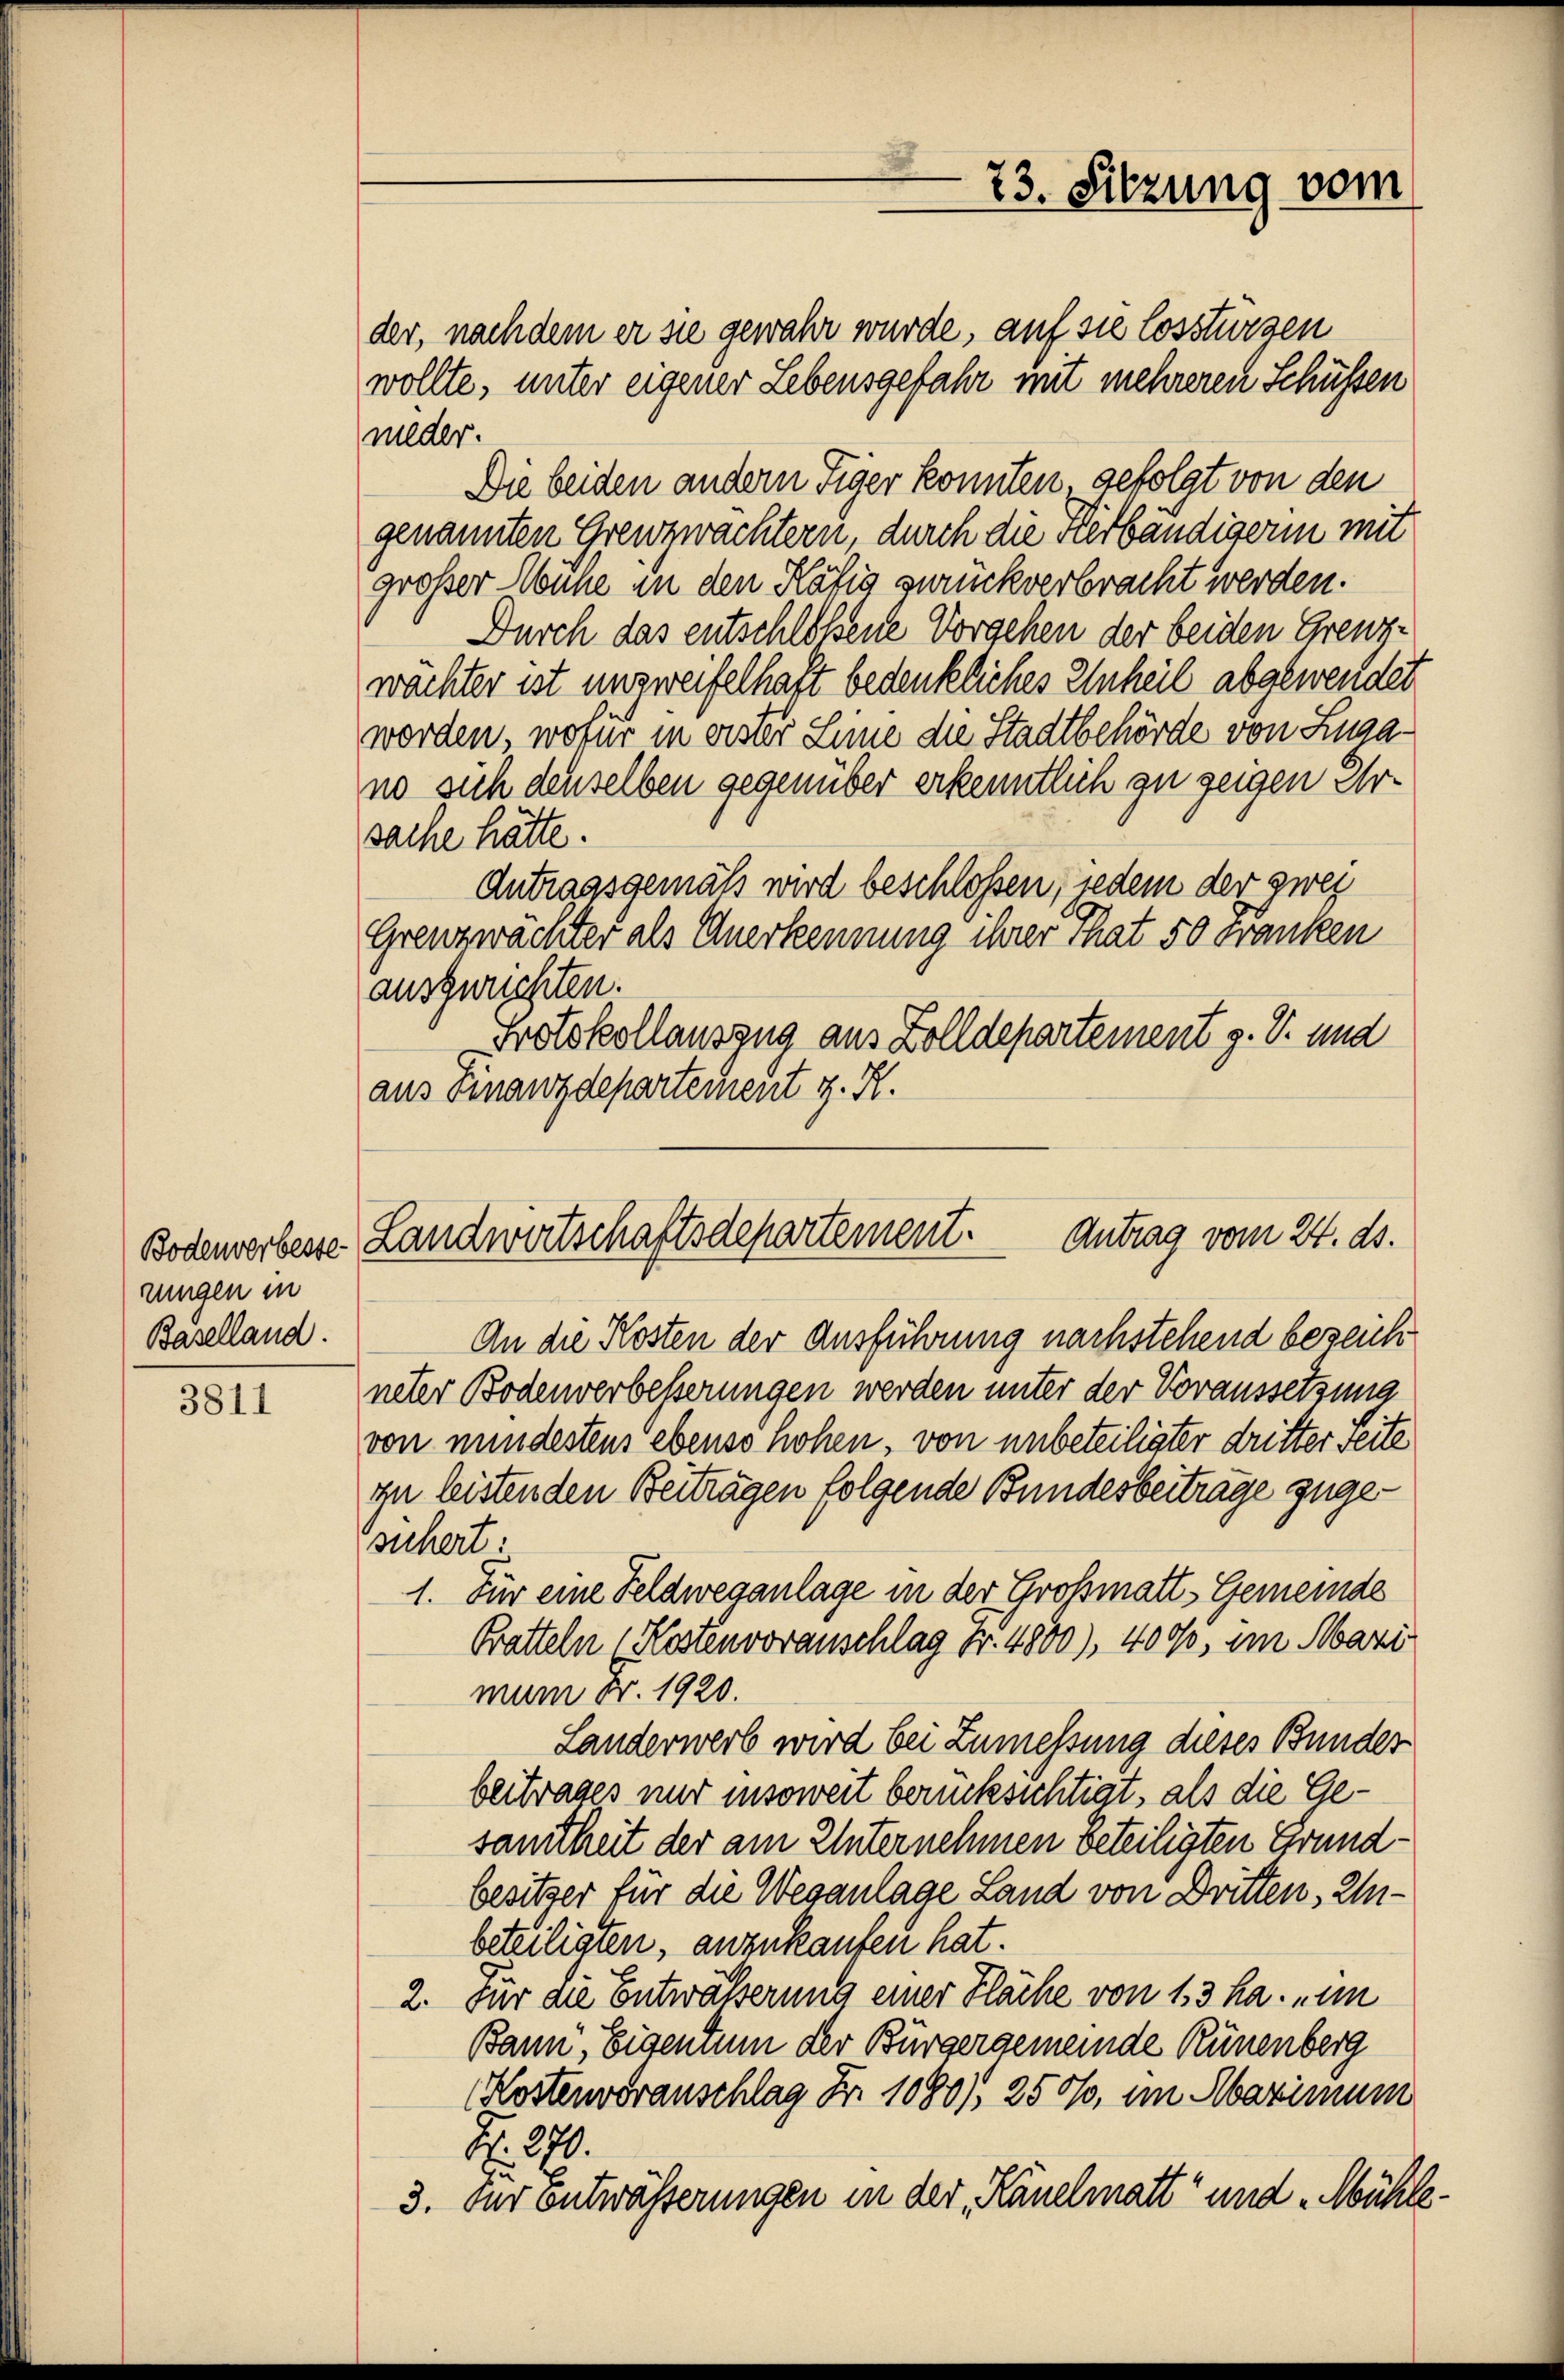
Bodenverbeste
rungen in
Baselland.

3811

der, nach dem er sie gewahr wurde, auf sie lossturzen
wollte, unter eigener Lebensgefahr mit mehreren Schüssen
wieder.
Die beiden andern Tiger konnten gefolgt von den
genannten Grenzwachtern, durch die Kerbändigerin mit
großer Muhe in den Käfig zurückverbracht werden.
Durch das entschloßene Vorgehen der beiden Grenzwächter ist unzweifelhaft bedenkliches Unheil abgewendet
worden, wofür in erster Linne die Stadtbehörde von Luzano sich denselben gegenüber erkenntlich zu zeigen Ursache hätte.
Antragsgemäß wird beschlossen, jedem der zwei
Grenzwachter als Anerkennung ihrer That 50 Franken
ausgerichten.
Protokollauszug aus Zolldepartement z. B. und
aus Finanzdepartement z. K.

23. Sitzung vom

Antrag vom 24. ds.
Landwirtschaftsdepartement.

An die Kosten der Ausführung nachstehend bezeichneter Bodenverbesserungen werden unter der Voraussetzung
von mindestens ebenso hohen, von unbeteiligter dritter Seite
zu leistenden Beitragen folgende Bundesbeitrage zugesuchert:
1. Für eine Feldweganlage in der Großmatt-Gemeinde
Bratteln ( Kostenvoranschlag Fr. 4800), 400, im Mari
mum Fr. 1920.
Landerwerb wird bei Zumessung dieses Bunder
beitrages nur insoweit berücksichtigt, als die Gesamtheit der am Unternehmen beteiligten Grundbesitzer für die Weganlage Land von Dritten, Zibeteiligten, anzukaufen hat.
2. Für die Entwässerung einer Fläche von 13 ha. im
Bann, Eigentum der Bürgergemeinde Rünenberg
Kostenvoranschlag Fr. 1080), 250, im Maximum
Nr. 279.
3. fur entwässerungen in der Käuelmatt und Mühle¬